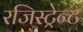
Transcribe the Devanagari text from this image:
रजिस्ट्रेन्ट